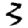
Digit: 3